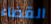
القضاء